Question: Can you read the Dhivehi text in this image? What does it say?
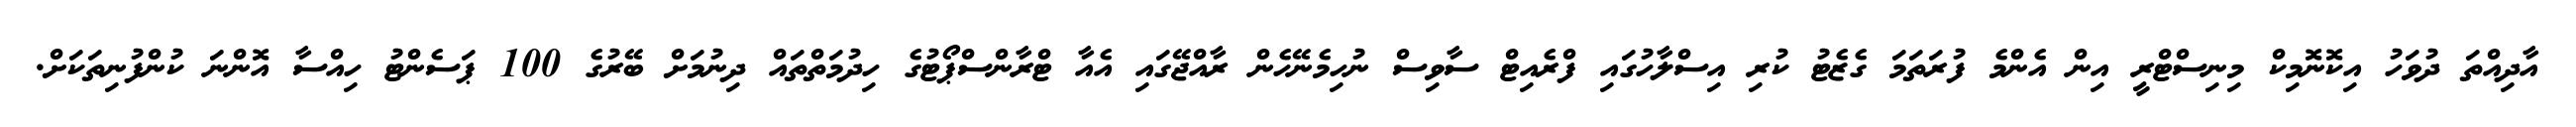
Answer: އާދިއްތަ ދުވަހު އިކޮނޮމިކް މިނިސްޓްރީ އިން އެންމެ ފުރަތަމަ ގެޒެޓު ކުރި އިސްލާހުގައި ފްރެއިޓް ސާވިސް ނުހިމެނޭހެން ރާއްޖޭގައި އެއާ ޓްރާންސްޕޯޓުގެ ހިދުމަތްތައް ދިނުމަށް ބޭރުގެ 100 ޕަސެންޓު ހިއްސާ އޮންނަ ކުންފުނިތަކަށް.